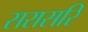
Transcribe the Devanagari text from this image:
सरासरि